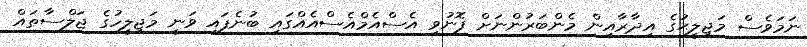
ނަމަވެސް މަޖިލީޙުގެ އިދާރާއިން މެންބަރުންނަށް ފޮނުވި އެސްއެމްއެސްއެއްގައި ބުނެފައި ވަނީ މަޖިލީހުގެ ޖަލްސާތައް